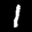
Label: 1